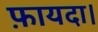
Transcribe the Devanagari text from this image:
फ़ायदा।